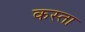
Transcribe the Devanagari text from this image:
कस्‍ता